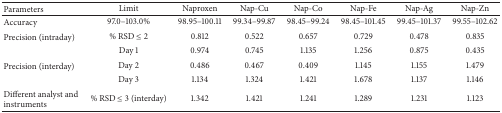
| Parameters | Limit | Naproxen | Nap-Cu | Nap-Co | Nap-Fe | Nap-Ag | Nap-Zn |
 | --- | --- | --- | --- | --- | --- | --- | --- |
 | Accuracy | 97.0–103.0% | 98.95–100.11 | 99.34–99.87 | 98.45–99.24 | 98.45–101.45 | 99.45–101.37 | 99.55–102.62 |
 | Precision (intraday) | % RSD ≤ 2 | 0.812 | 0.522 | 0.657 | 0.729 | 0.478 | 0.835 |
 |  | Day 1 | 0.974 | 0.745 | 1.135 | 1.256 | 0.875 | 0.435 |
 | Precision (interday) | Day 2 | 0.486 | 0.467 | 0.409 | 1.145 | 1.155 | 1.479 |
 |  | Day 3 | 1.134 | 1.324 | 1.421 | 1.678 | 1.137 | 1.146 |
 | Different analyst and instruments | % RSD ≤ 3 (interday) | 1.342 | 1.421 | 1.241 | 1.289 | 1.231 | 1.123 |